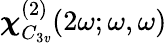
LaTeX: \boldsymbol\chi_{C_{3\mathit{v}}}^{(2)}(2\omega;\omega,\omega)